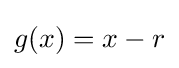
g(x)=x-r